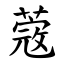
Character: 蔲